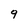
Character: 9